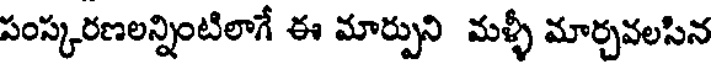
పంస్కరణలన్నింటిలాగే ఈ మార్పుని మళ్ళీ మార్చవలసిన